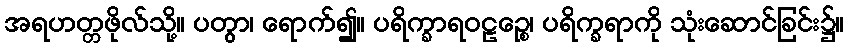
အရဟတ္တဖိုလ်သို့။ ပတွာ၊ ရောက်၍။ ပရိက္ခာရဝဠဉ္စေ၊ ပရိက္ခရာကို သုံးဆောင်ခြင်း၌။